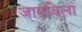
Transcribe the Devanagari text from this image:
जागविला